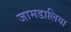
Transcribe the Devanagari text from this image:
जामडालिया